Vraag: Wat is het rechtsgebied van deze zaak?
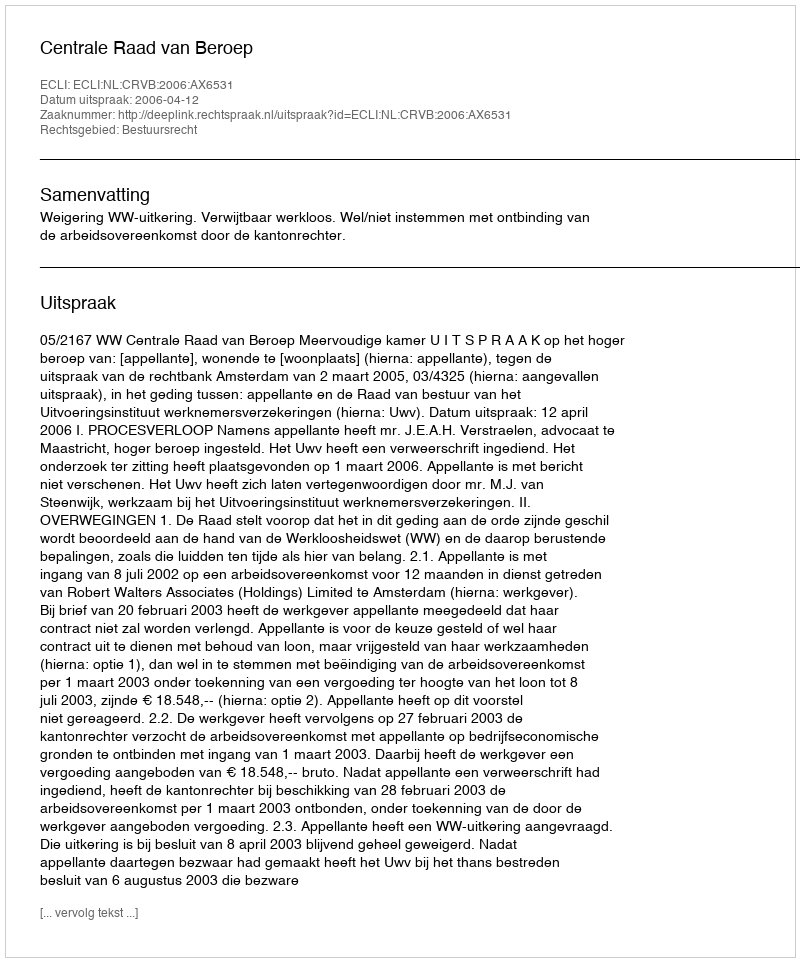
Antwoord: Bestuursrecht